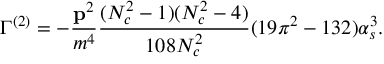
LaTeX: \Gamma ^ { ( 2 ) } = - { \frac { { \bf p } ^ { 2 } } { m ^ { 4 } } } { \frac { ( N _ { c } ^ { 2 } - 1 ) ( N _ { c } ^ { 2 } - 4 ) } { 1 0 8 N _ { c } ^ { 2 } } } ( 1 9 \pi ^ { 2 } - 1 3 2 ) \alpha _ { s } ^ { 3 } .